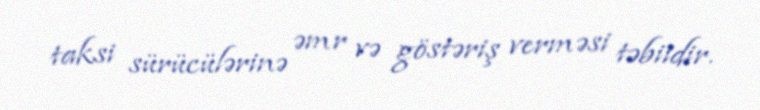
taksi sürücülərinə əmr və göstəriş verməsi təbiidir.